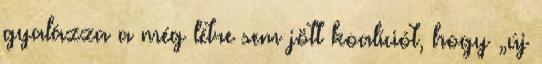
gyalázza a még létre sem jött koalíciót, hogy „új